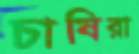
চাষিরা